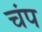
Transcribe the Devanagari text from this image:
चंप